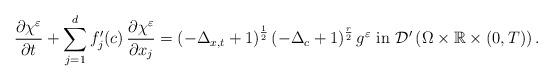
LaTeX: \begin{align*}\frac{\partial \chi^{\varepsilon}}{\partial t} +\displaystyle\sum_{j=1}^{d}f_{j}^{\prime}(c)\,\frac{\partial\chi^{\varepsilon}}{\partial x_{j}} =\left(-\Delta_{x,t} +1\right)^{\frac{1}{2}}\left(-\Delta_{c} +1\right)^{\frac{r}{2}}g^{\varepsilon} \,\,\mbox{in}\,\,\mathcal{D}^{\prime}\left(\Omega\times\mathbb{R}\times (0,T)\right).\end{align*}